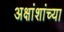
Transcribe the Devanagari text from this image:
अक्षांशांच्या